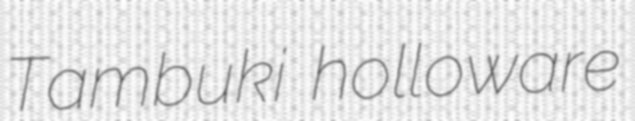
Tambuki holloware